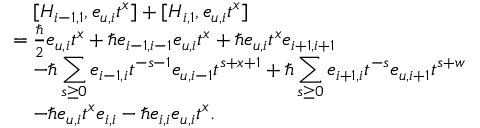
\begin{array} { r l } & { \quad [ H _ { i - 1 , 1 } , e _ { u , i } t ^ { x } ] + [ H _ { i , 1 } , e _ { u , i } t ^ { x } ] } \\ & { = \frac { \hbar } { 2 } e _ { u , i } t ^ { x } + \hbar e _ { i - 1 , i - 1 } e _ { u , i } t ^ { x } + \hbar e _ { u , i } t ^ { x } e _ { i + 1 , i + 1 } } \\ & { \quad - \hbar \displaystyle \sum _ { s \geq 0 } e _ { i - 1 , i } t ^ { - s - 1 } e _ { u , i - 1 } t ^ { s + x + 1 } + \hbar \displaystyle \sum _ { s \geq 0 } e _ { i + 1 , i } t ^ { - s } e _ { u , i + 1 } t ^ { s + w } } \\ & { \quad - \hbar e _ { u , i } t ^ { x } e _ { i , i } - \hbar e _ { i , i } e _ { u , i } t ^ { x } . } \end{array}